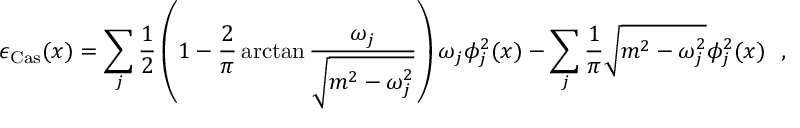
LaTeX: \epsilon _ { \mathrm { C a s } } ( x ) = \sum _ { j } \frac { 1 } { 2 } \left( 1 - \frac { 2 } { \pi } \arctan \frac { \omega _ { j } } { \sqrt { m ^ { 2 } - \omega _ { j } ^ { 2 } } } \right) \omega _ { j } \phi _ { j } ^ { 2 } ( x ) - \sum _ { j } \frac { 1 } { \pi } \sqrt { m ^ { 2 } - \omega _ { j } ^ { 2 } } \phi _ { j } ^ { 2 } ( x ) \ \ ,